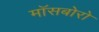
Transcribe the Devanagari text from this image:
मॉसबोरो